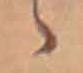
ゝ